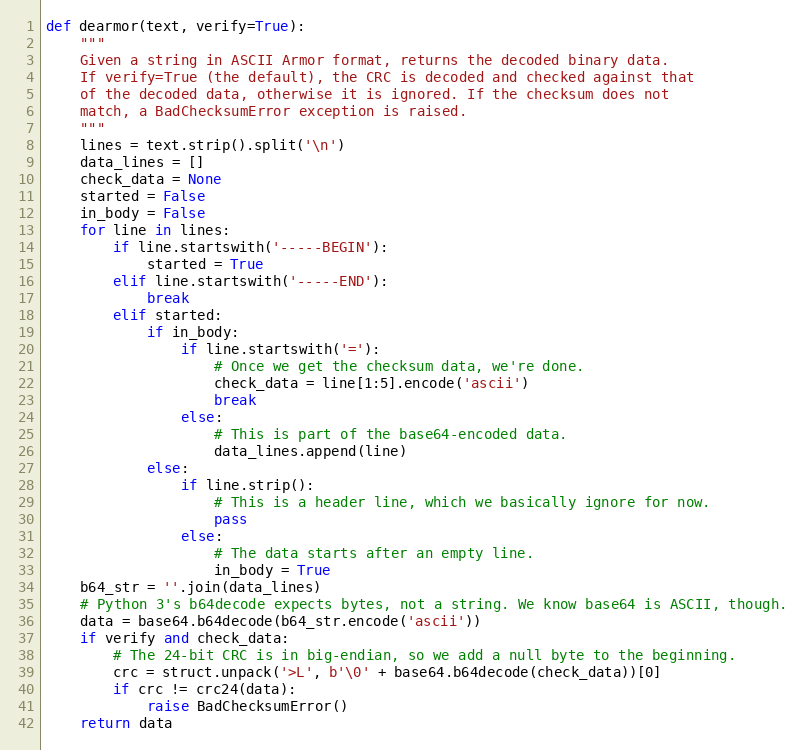
Language: Python
def dearmor(text, verify=True):
    """
    Given a string in ASCII Armor format, returns the decoded binary data.
    If verify=True (the default), the CRC is decoded and checked against that
    of the decoded data, otherwise it is ignored. If the checksum does not
    match, a BadChecksumError exception is raised.
    """
    lines = text.strip().split('\n')
    data_lines = []
    check_data = None
    started = False
    in_body = False
    for line in lines:
        if line.startswith('-----BEGIN'):
            started = True
        elif line.startswith('-----END'):
            break
        elif started:
            if in_body:
                if line.startswith('='):
                    # Once we get the checksum data, we're done.
                    check_data = line[1:5].encode('ascii')
                    break
                else:
                    # This is part of the base64-encoded data.
                    data_lines.append(line)
            else:
                if line.strip():
                    # This is a header line, which we basically ignore for now.
                    pass
                else:
                    # The data starts after an empty line.
                    in_body = True
    b64_str = ''.join(data_lines)
    # Python 3's b64decode expects bytes, not a string. We know base64 is ASCII, though.
    data = base64.b64decode(b64_str.encode('ascii'))
    if verify and check_data:
        # The 24-bit CRC is in big-endian, so we add a null byte to the beginning.
        crc = struct.unpack('>L', b'\0' + base64.b64decode(check_data))[0]
        if crc != crc24(data):
            raise BadChecksumError()
    return data